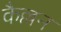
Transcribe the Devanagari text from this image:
कैल्लन